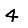
Digit: 4